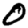
Digit: 0